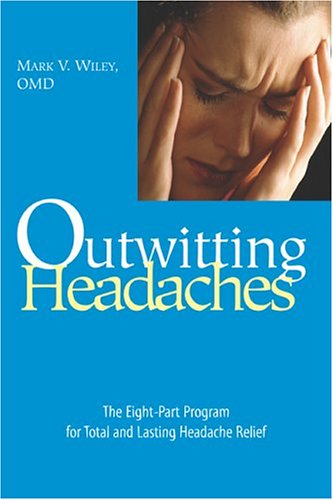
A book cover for Outwitting Headaches: The Eight-Part Program for Total and Lasting Headache Relief; Mark V. Wiley; Health, Fitness & Dieting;